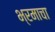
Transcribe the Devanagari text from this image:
भ्रमाचा